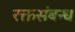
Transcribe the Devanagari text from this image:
रक्तसंबन्ध